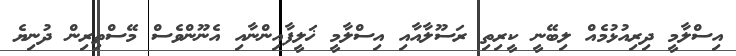
އިސްލާމީ ދިރިއުޅުމެއް ލިބޭނީ ކީރިތި ރަސޫލާއާއި އިސްލާމީ ޚަލީފާއިންނާއި އެނޫންވެސް މޭސްތިރިން ދުނިޔެ